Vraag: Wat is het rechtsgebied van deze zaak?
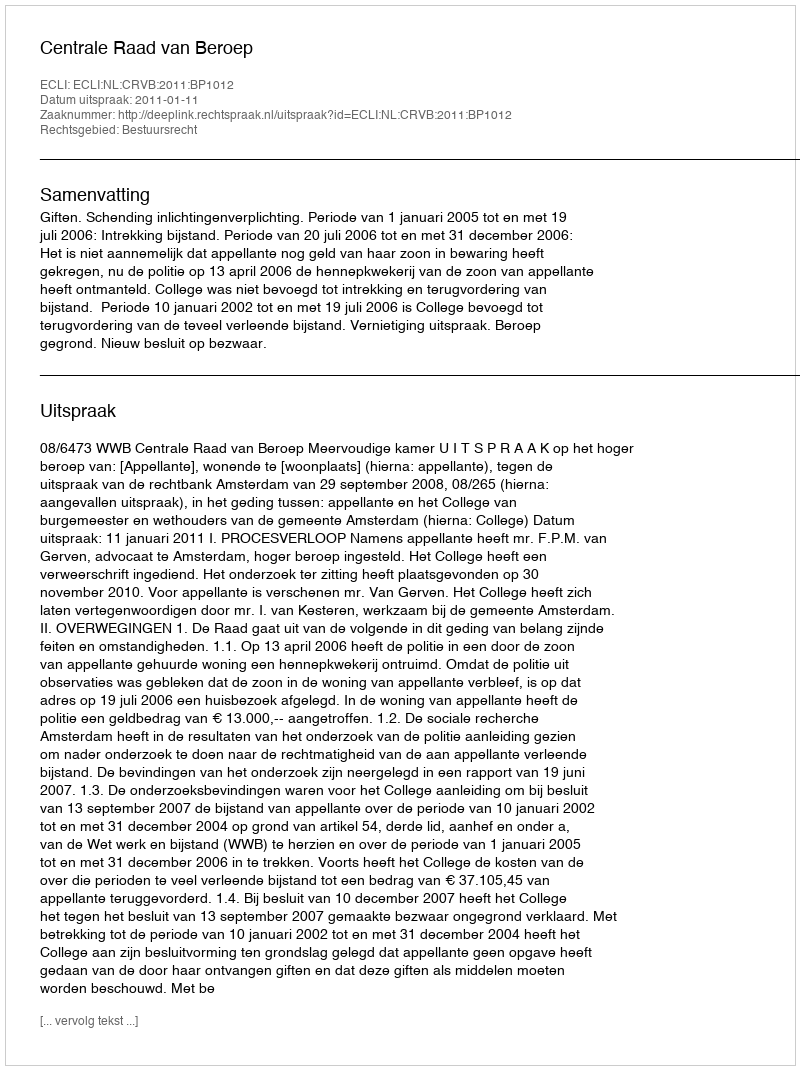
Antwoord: Bestuursrecht